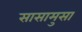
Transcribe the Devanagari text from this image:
सासामुसा